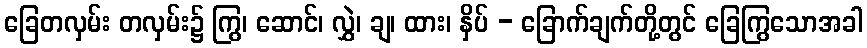
ခြေတလှမ်း တလှမ်း၌ ကြွ၊ ဆောင်၊ လွှဲ၊ ချ၊ ထား၊ နှိပ် - ခြောက်ချက်တို့တွင် ခြေကြွသောအခါ